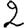
Digit: 2